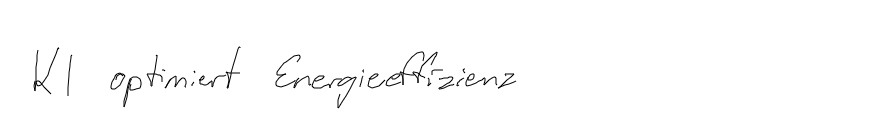
KI optimiert Energieeffizienz.